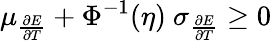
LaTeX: \mu_{\frac{\partial E}{\partial T}}+\Phi^{-1}(\eta)\ \sigma_{\frac{\partial E}{\partial T}}\geq 0